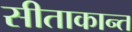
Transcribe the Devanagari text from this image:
सीताकान्त